Scottish Certificate of Education, 1963
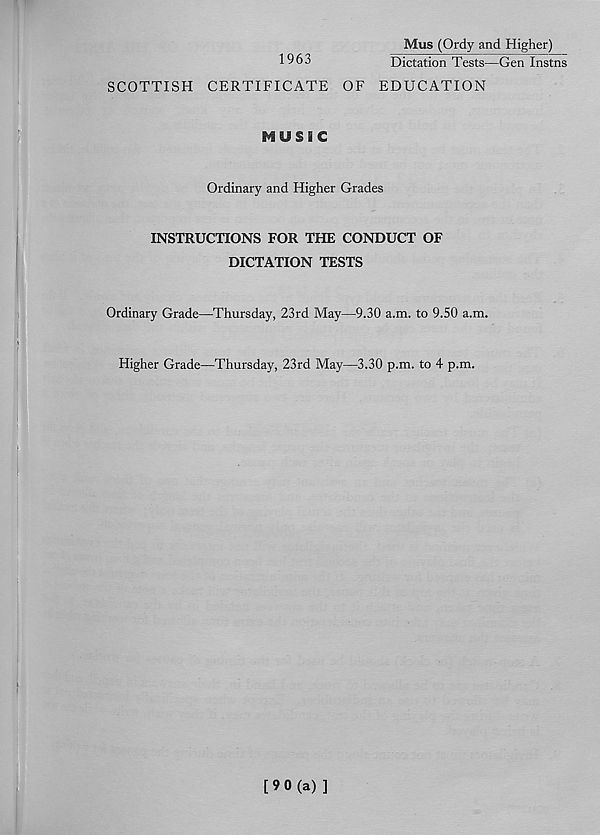
1963
Mus (Ordy and Higher)
Dictation Tests—Gen Instns
SCOTTISH CERTIFICATE OF EDUCATION
MUSIC
Ordinary and Higher Grades
INSTRUCTIONS FOR THE CONDUCT OF
DICTATION TESTS
Ordinary Grade—Thursday, 23rd May—9.30 a.m. to 9.50 a.m.
i
Higher Grade—Thursday, 23rd May—3.30 p.m. to 4 p.m.
[90(a) ]